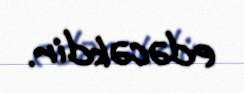
edəcəkdir.